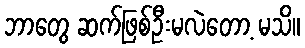
ဘာတွေ ဆက်ဖြစ်ဦးမလဲတော့ မသိ။